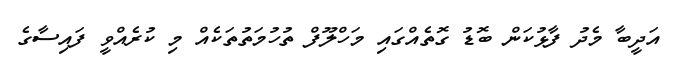
އަދީބާ މެދު ފާޅުކަން ބޮޑު ގޮތެއްގައި މަހްލޫފް ތުހުމަތުތަކެއް މި ކުރެއްވީ ފައިސާގެ